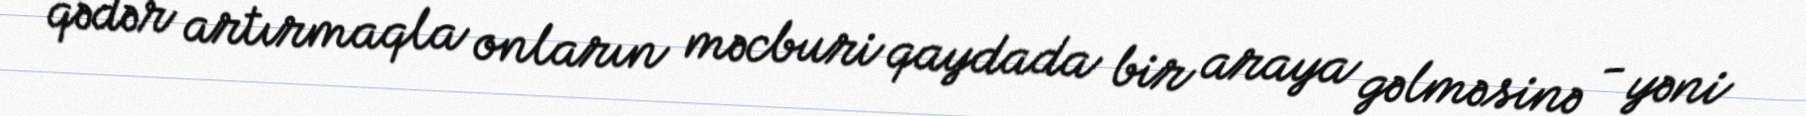
qədər artırmaqla onların məcburi qaydada bir araya gəlməsinə - yəni